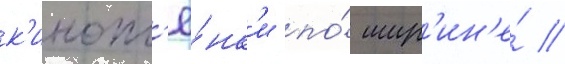
к'инопл'ё́нк'и по́ шир'ин'е́ //